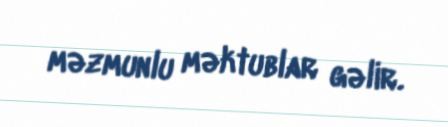
məzmunlu məktublar gəlir.